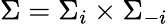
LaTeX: \Sigma=\Sigma_{i}\times\Sigma_{-i}